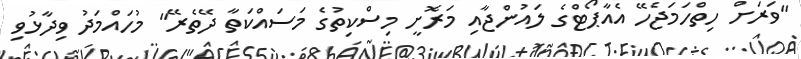
"ވަރަށް ހިތްހަމަޖެހޭ އެއާޕޯޓްގެ ލައުންޖާއި މަރޮށީ މިސްކިތުގެ މަސައްކަތާ ދޭތެރޭ" މުހައްމަދު ވިދާޅުވި